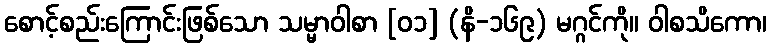
စောင့်စည်းကြောင်းဖြစ်သော သမ္မာဝါစာ [၀၁] (နိ-၁၆၉) မဂ္ဂင်ကို။ ဝါစသိကော၊